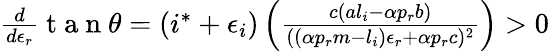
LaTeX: \begin{array}{r}{\frac{d}{d\epsilon_{r}}\mathrm{~t~a~n~}\theta=(i^{*}+\epsilon_{i})\left(\frac{c(al_{i}-\alpha p_{r}b)}{((\alpha p_{r}m-l_{i})\epsilon_{r}+\alpha p_{r}c)^{2}}\right)>0}\end{array}